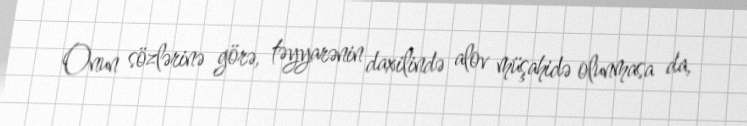
Onun sözlərinə görə, təyyarənin daxilində alov müşahidə olunmasa da,